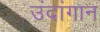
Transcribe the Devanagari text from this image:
उंदांगान